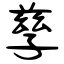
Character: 孳